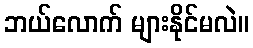
ဘယ်လောက် များနိုင်မလဲ။